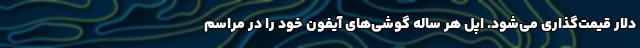
دلار قیمت‌گذاری می‌شود. اپل هر ساله گوشی‌های آیفون خود را در مراسم